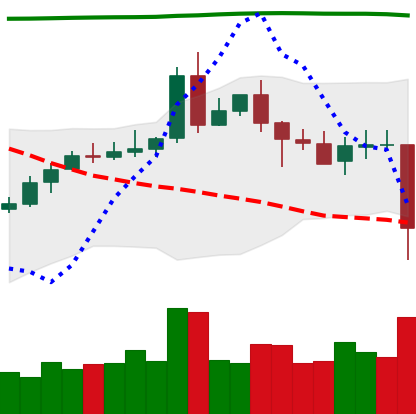
Ticker: EOS-USD
Chart end date: 2020-05-10
Forward return: 5.609%
Label: up_5_7